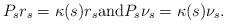
LaTeX: \begin{align*}P_s r_s = \kappa(s) r_s \mbox{and} P_s \nu_s = \kappa(s) \nu_s. \end{align*}